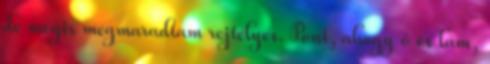
de mégis megmaradtam rejtélyes. Pont, ahogy ő és lám,